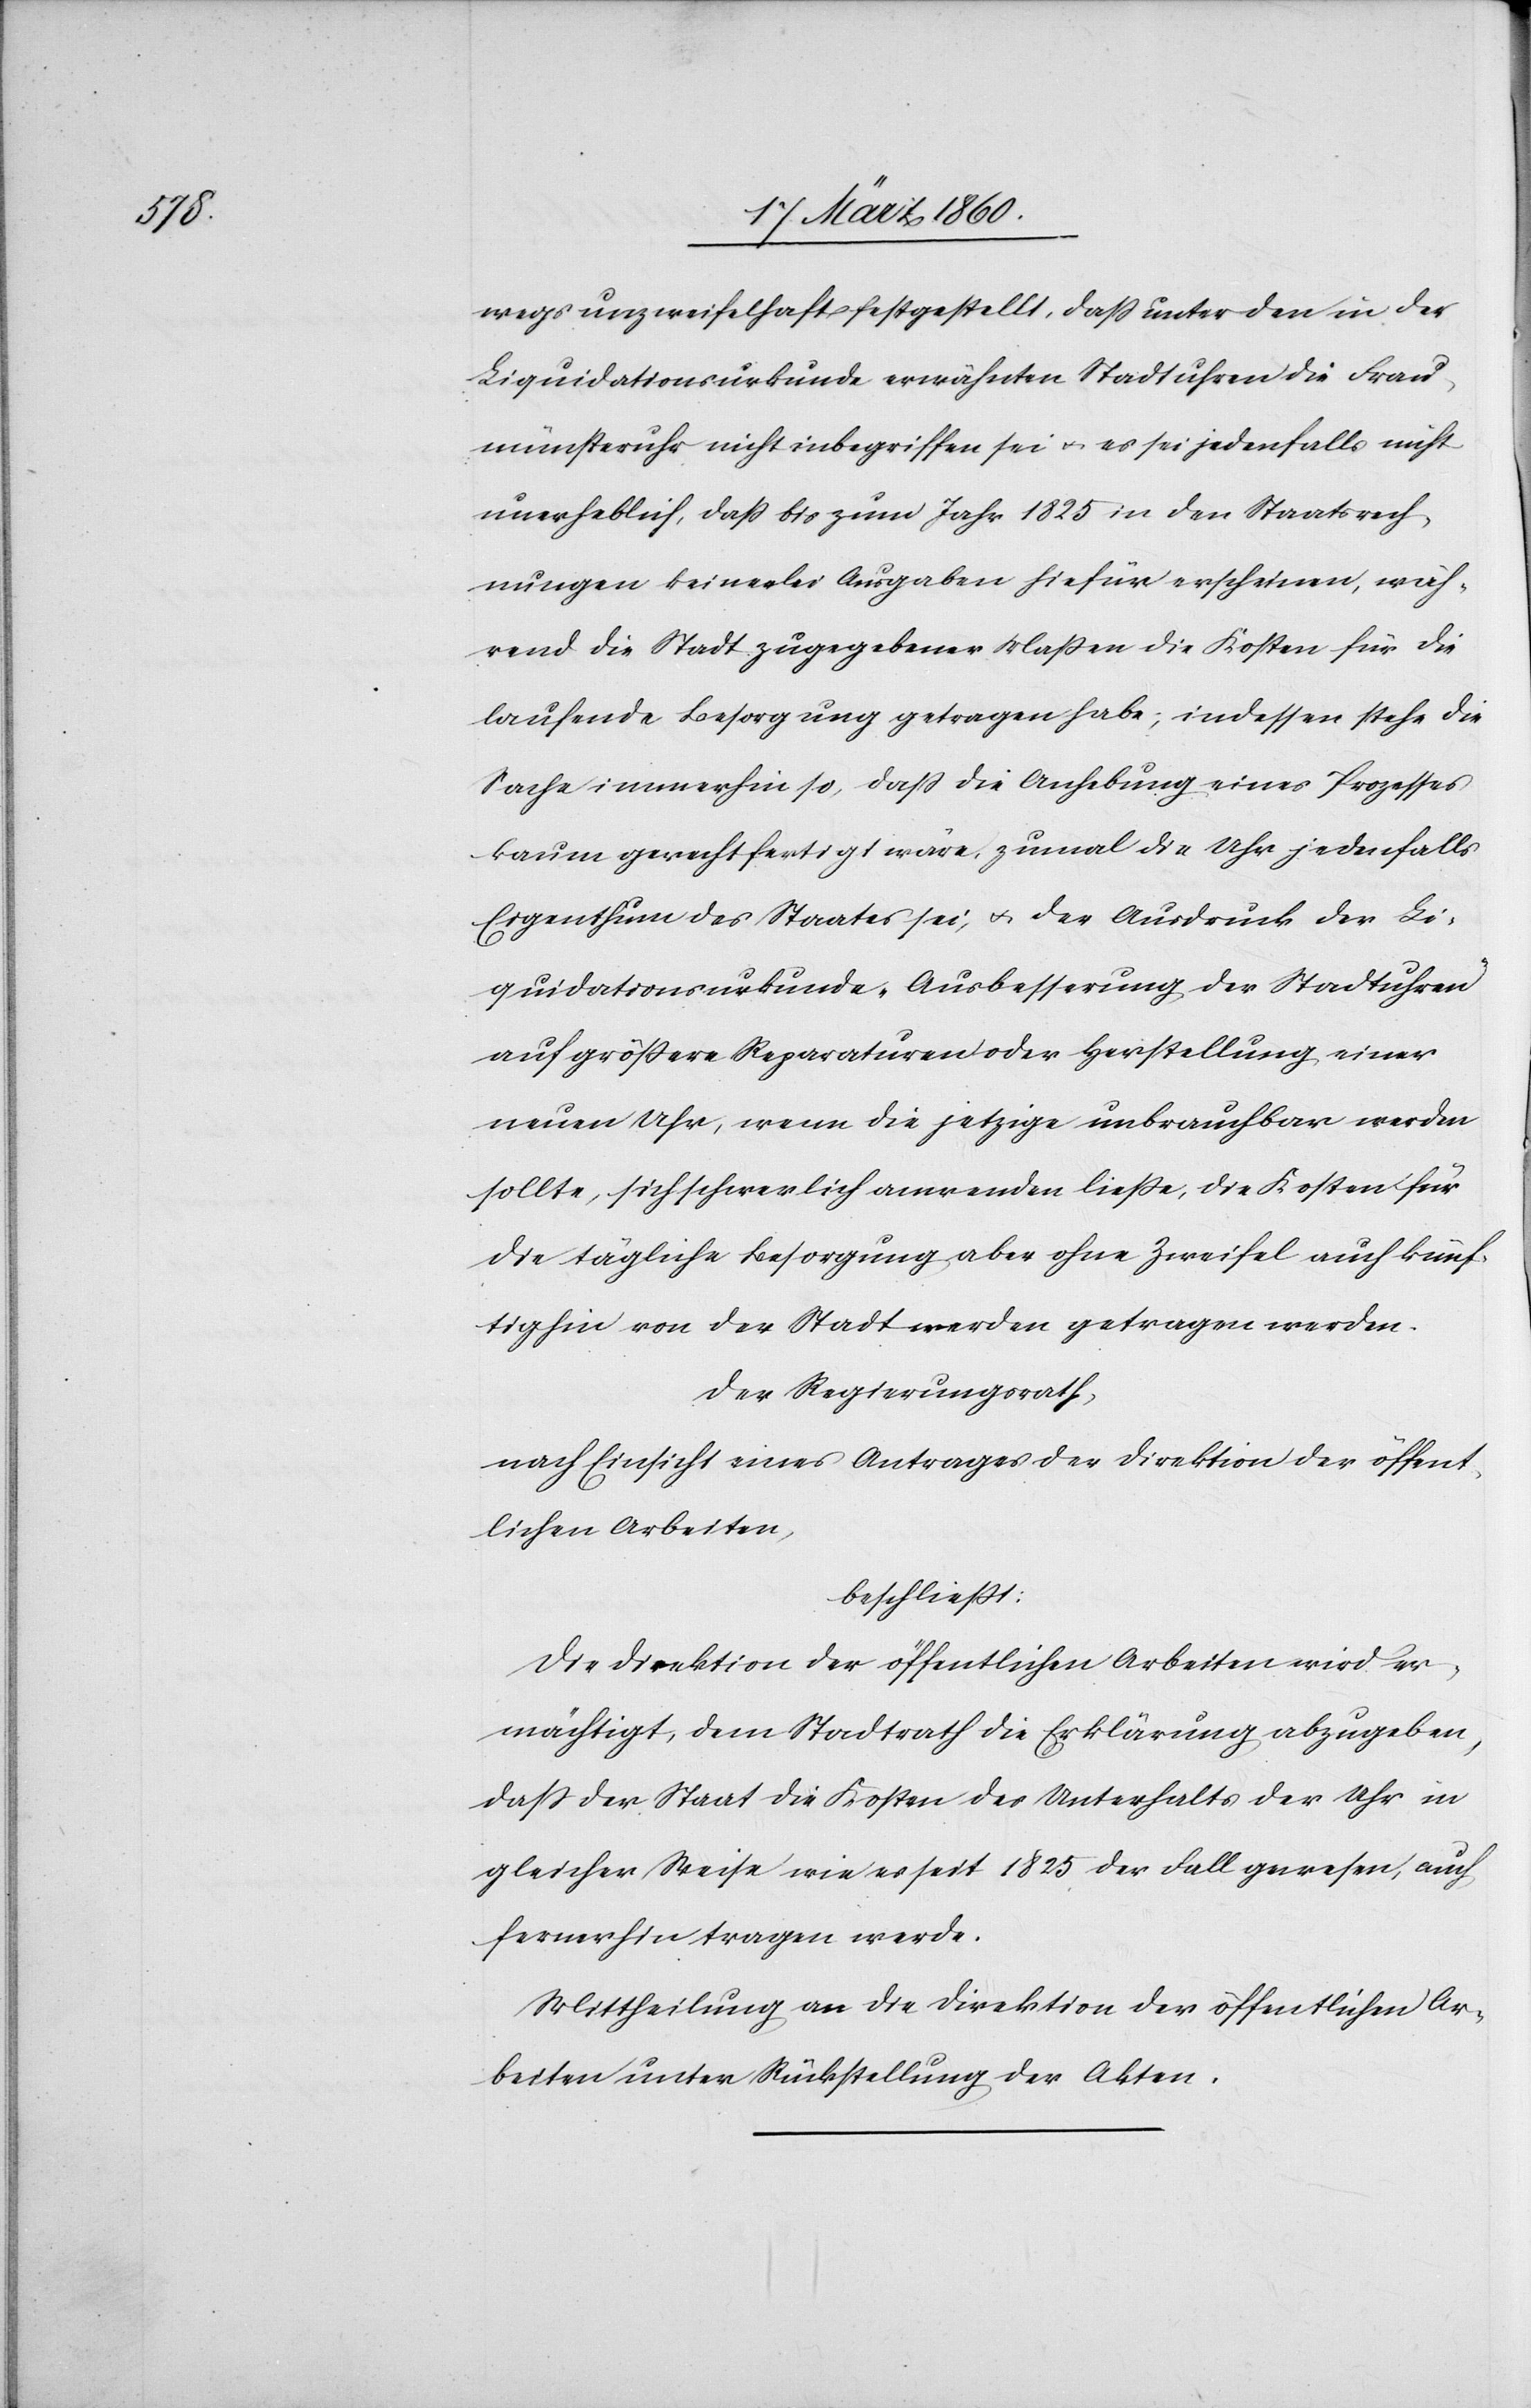
wegs unzweifelhaft festgestellt, dass unter den in der
Liquidationsurkunde erwähnten Stadtuhren die Frau¬
münsteruhr nicht inbegriffen sei u. es sei jedenfalls nicht
unerheblich, dass bis zum Jahr 1825 in den Staatsrech¬
nungen keinerlei Ausgaben hiefür erscheinen, wäh¬
rend die Stadt zugegebener Massen die Kosten für die
laufende Besorgung getragen habe, indessen stehe die
Sache immerhin so, dass die Anhebung eines Prozesses
kaum gerechtfertigt wäre, zumal die Uhr jedenfalls
Eigenthum des Staates sei, u. der Ausdruck der Li¬
quidationsurkunde „Ausbesserung der Stadtuhren
auf grössere Reparaturen oder Herstellung einer
neuen Uhr, wenn die jetzige unbrauchbar werden
sollte[“], sich schwerlich anwenden ließe, die Kosten für
die tägliche Besorgung aber ohne Zweifel auch künf¬
tighin von der Stadt werden getragen werden.
Der Regierungsrath,
nach Einsicht eines Antrages der Direktion der öffent¬
lichen Arbeiten,
beschliesst:
Die Direktion der öffentlichen Arbeiten wird er¬
mächtigt, dem Stadtrath die Erklärung abzugeben,
dass der Staat die Kosten des Unterhalts der Uhr in
gleicher Weise wie es seit 1825 der Fall gewesen, auch
fernerhin tragen werde.
Mittheilung an die Direktion der öffentlichen Ar¬
beiten unter Rückstellung der Akten.